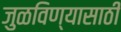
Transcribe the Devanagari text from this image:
जुळविण्यासाठी